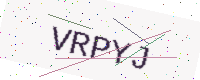
Text: VRPYJ